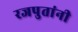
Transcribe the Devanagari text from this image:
रजपुतांनी